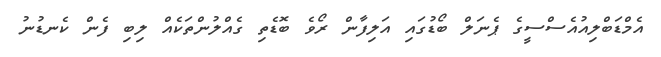
އެމްޑަބްލިއުއެސްސީގެ ޕެނަލް ބޯޑުގައި އަލިފާން ރޯވެ ބޮޑެތި ގެއްލުންތަކެއް ލިބި ފެން ކެނޑުނު